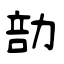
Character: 勏